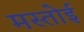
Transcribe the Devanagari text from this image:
मस्तोई